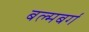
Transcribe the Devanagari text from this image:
बल्मबर्ग